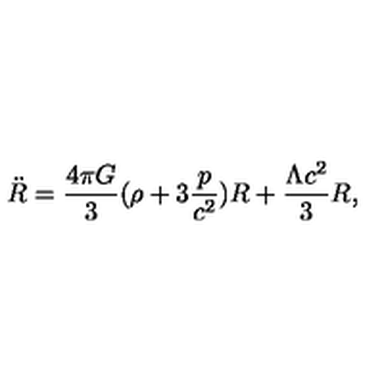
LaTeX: { \ddot { R } } = \frac { 4 \pi G } { 3 } ( \rho + 3 \frac { p } { c ^ { 2 } } ) R + \frac { \Lambda c ^ { 2 } } { 3 } R ,